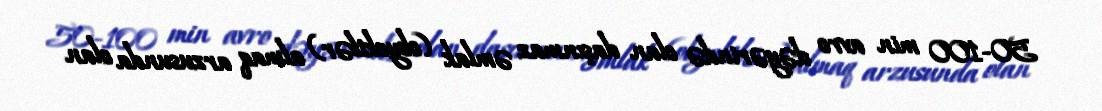
50-100 min avro dəyərində olan daşınmaz əmlak (obyektlər) almaq arzusunda olan